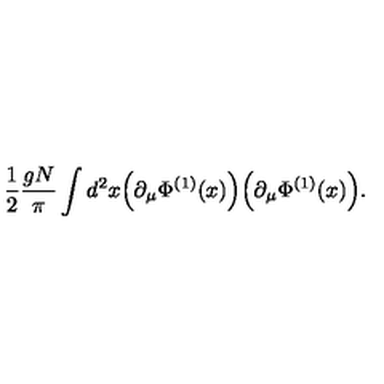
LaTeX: \frac { 1 } { 2 } \frac { g N } { \pi } \int d ^ { 2 } x \Big ( \partial _ { \mu } \Phi ^ { ( 1 ) } ( x ) \Big ) \Big ( \partial _ { \mu } \Phi ^ { ( 1 ) } ( x ) \Big ) .